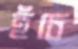
হঁচে